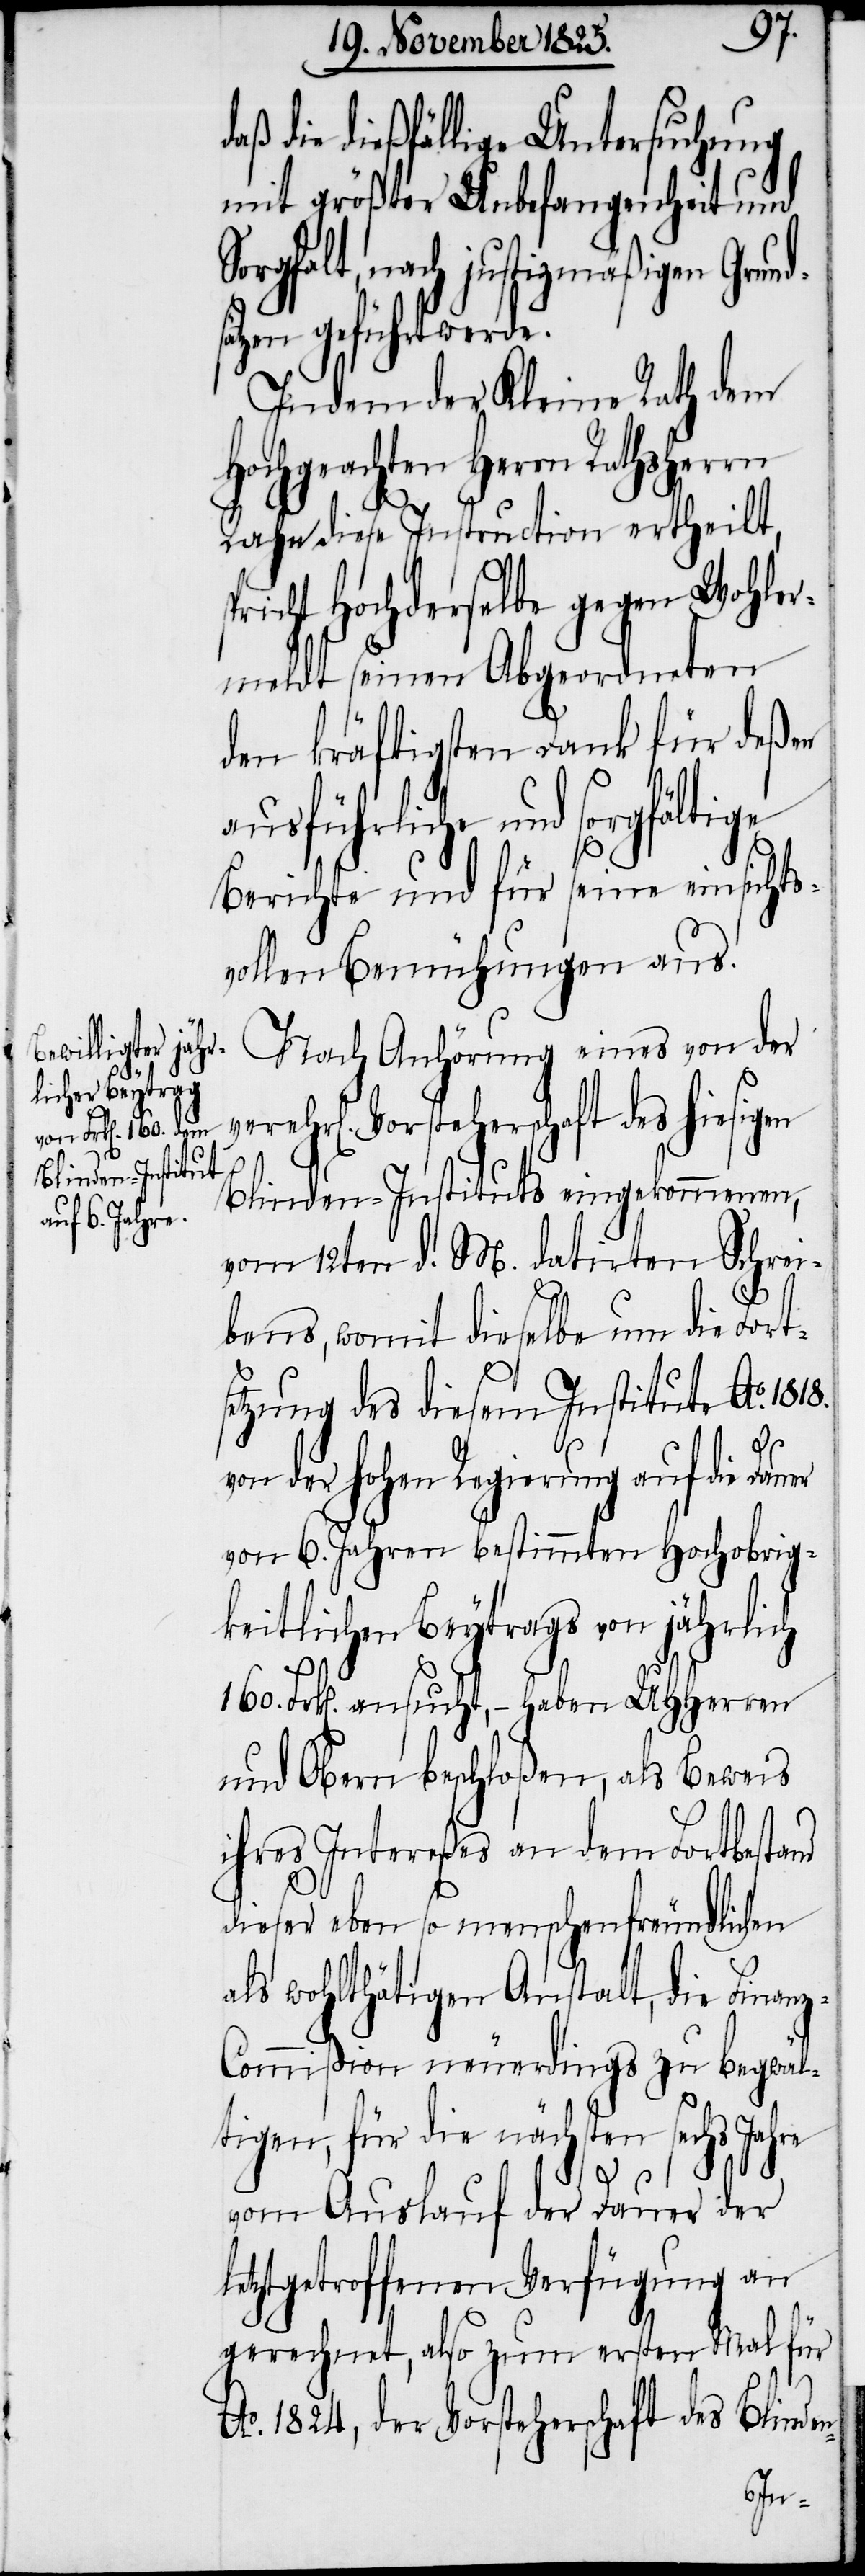
die dießfällige Untersuchung
mit größter Unbefangenheit und
Sorgfalt, nach justizmäßigen Grund¬
ätzen geführt werde.
Indem der Kleine Rath dem
Hochgeachten Herrn Rathsher¬
Rahn diese Instruction ertheilt,
pricht Hochderselbe gegen Wohler¬
meldt seinen Abgeordneten
den kräftigsten Dank für deßen
ührliche und sorgfältige
Berichte und für seine einsichts¬
vollen Bemühungen aus.
Nach Anhörung eines von der
Vorsteherschaft des hiesig¬
en
Blinden-Instituts eingekommenen,
vom 12ten d. M. datirten Schrei¬
bens, womit dieselbe um die Forts¬
etzung des diesem Institute Ao.
von der hohen Regierung auf die
von 6. Jahren bestimmten Hochobrig¬
keitlichen Beytrags von jährlich
Frk[en]. ansucht, – haben UHHerren
und Obern beschloßen, als Beweis
ihres Intereßes an dem Fortbestand
dieser eben so menschenfreundlichen
als wohlthätigen Anstalt, die Finan¬
z-Commißion neuerdings zu begwäl¬
tigen, für die nächsten sechs Jahre
vom Auslauf der Dauer der
letztgetroffenen Verfügung an
gerechnet, also zum ersten Mal für
Ao. 1824, der Vorsteherschaft des Blinden-
ausf¬